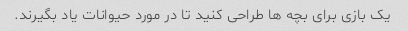
یک بازی برای بچه ها طراحی کنید تا در مورد حیوانات یاد بگیرند.